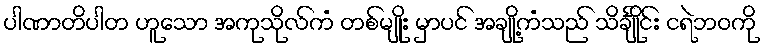
ပါဏာတိပါတ ဟူသော အကုသိုလ်ကံ တစ်မျိုး မှာပင် အချို့ကံသည် သိင်္ချိုင်း ငရဲဘဝကို